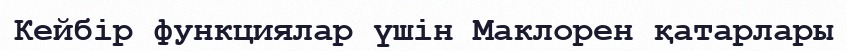
Кейбір функциялар үшін Маклорен қатарлары